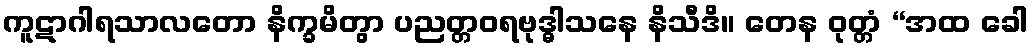
ကူဋာဂါရသာလတော နိက္ခမိတွာ ပညတ္တဝရဗုဒ္ဓါသနေ နိသီဒိ။ တေန ဝုတ္တံ “အထ ခေါ